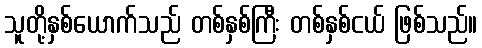
သူတို့နှစ်ယောက်သည် တစ်နှစ်ကြီး တစ်နှစ်ငယ် ဖြစ်သည်။